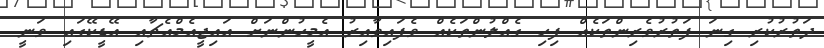
ދަތުރުކުރި ގިނަ ފަތުރުވެރިންތަކެއް ފިހި ގެއްލުންތަކެއް ވެފައިވާއިރު އެމީހުންނަށް އައިޖީއެމްއެޗާއި އޭޑީކޭގައި ވަނީ